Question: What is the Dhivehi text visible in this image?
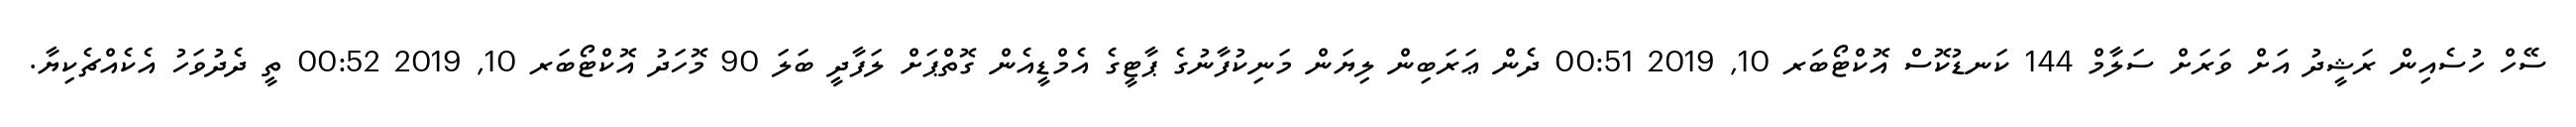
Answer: ސޭހް ހުސެއިން ރަޝީދު އަށް ވަރަށް ސަލާމް 144 ކަނޑުކޮސް އޮކްޓޯބަރ 10, 2019 00:51 ދެން ޢަރަބިން ލިޔަން މަނިކުފާނުގެ ޕާޓީގެ އެމްޑީއެން ގޮތްޕަށް ލަފާދީ ބަލަ 90 މޮހަދު އޮކްޓޯބަރ 10, 2019 00:52 ތީ ދެދުވަހު އެކެއްޗެކިޔާ.